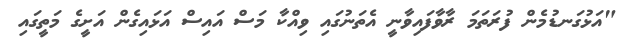
"އަޅުގަނޑުމެން ފުރަތަމަ ރާވާފައިވާނީ އެތަނުގައި ވިއްކާ މަސް އައިސް އަޅައިގެން އަށީގެ މަތީގައި